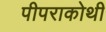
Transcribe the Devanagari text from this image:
पीपराकोथी